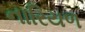
નારિયળ